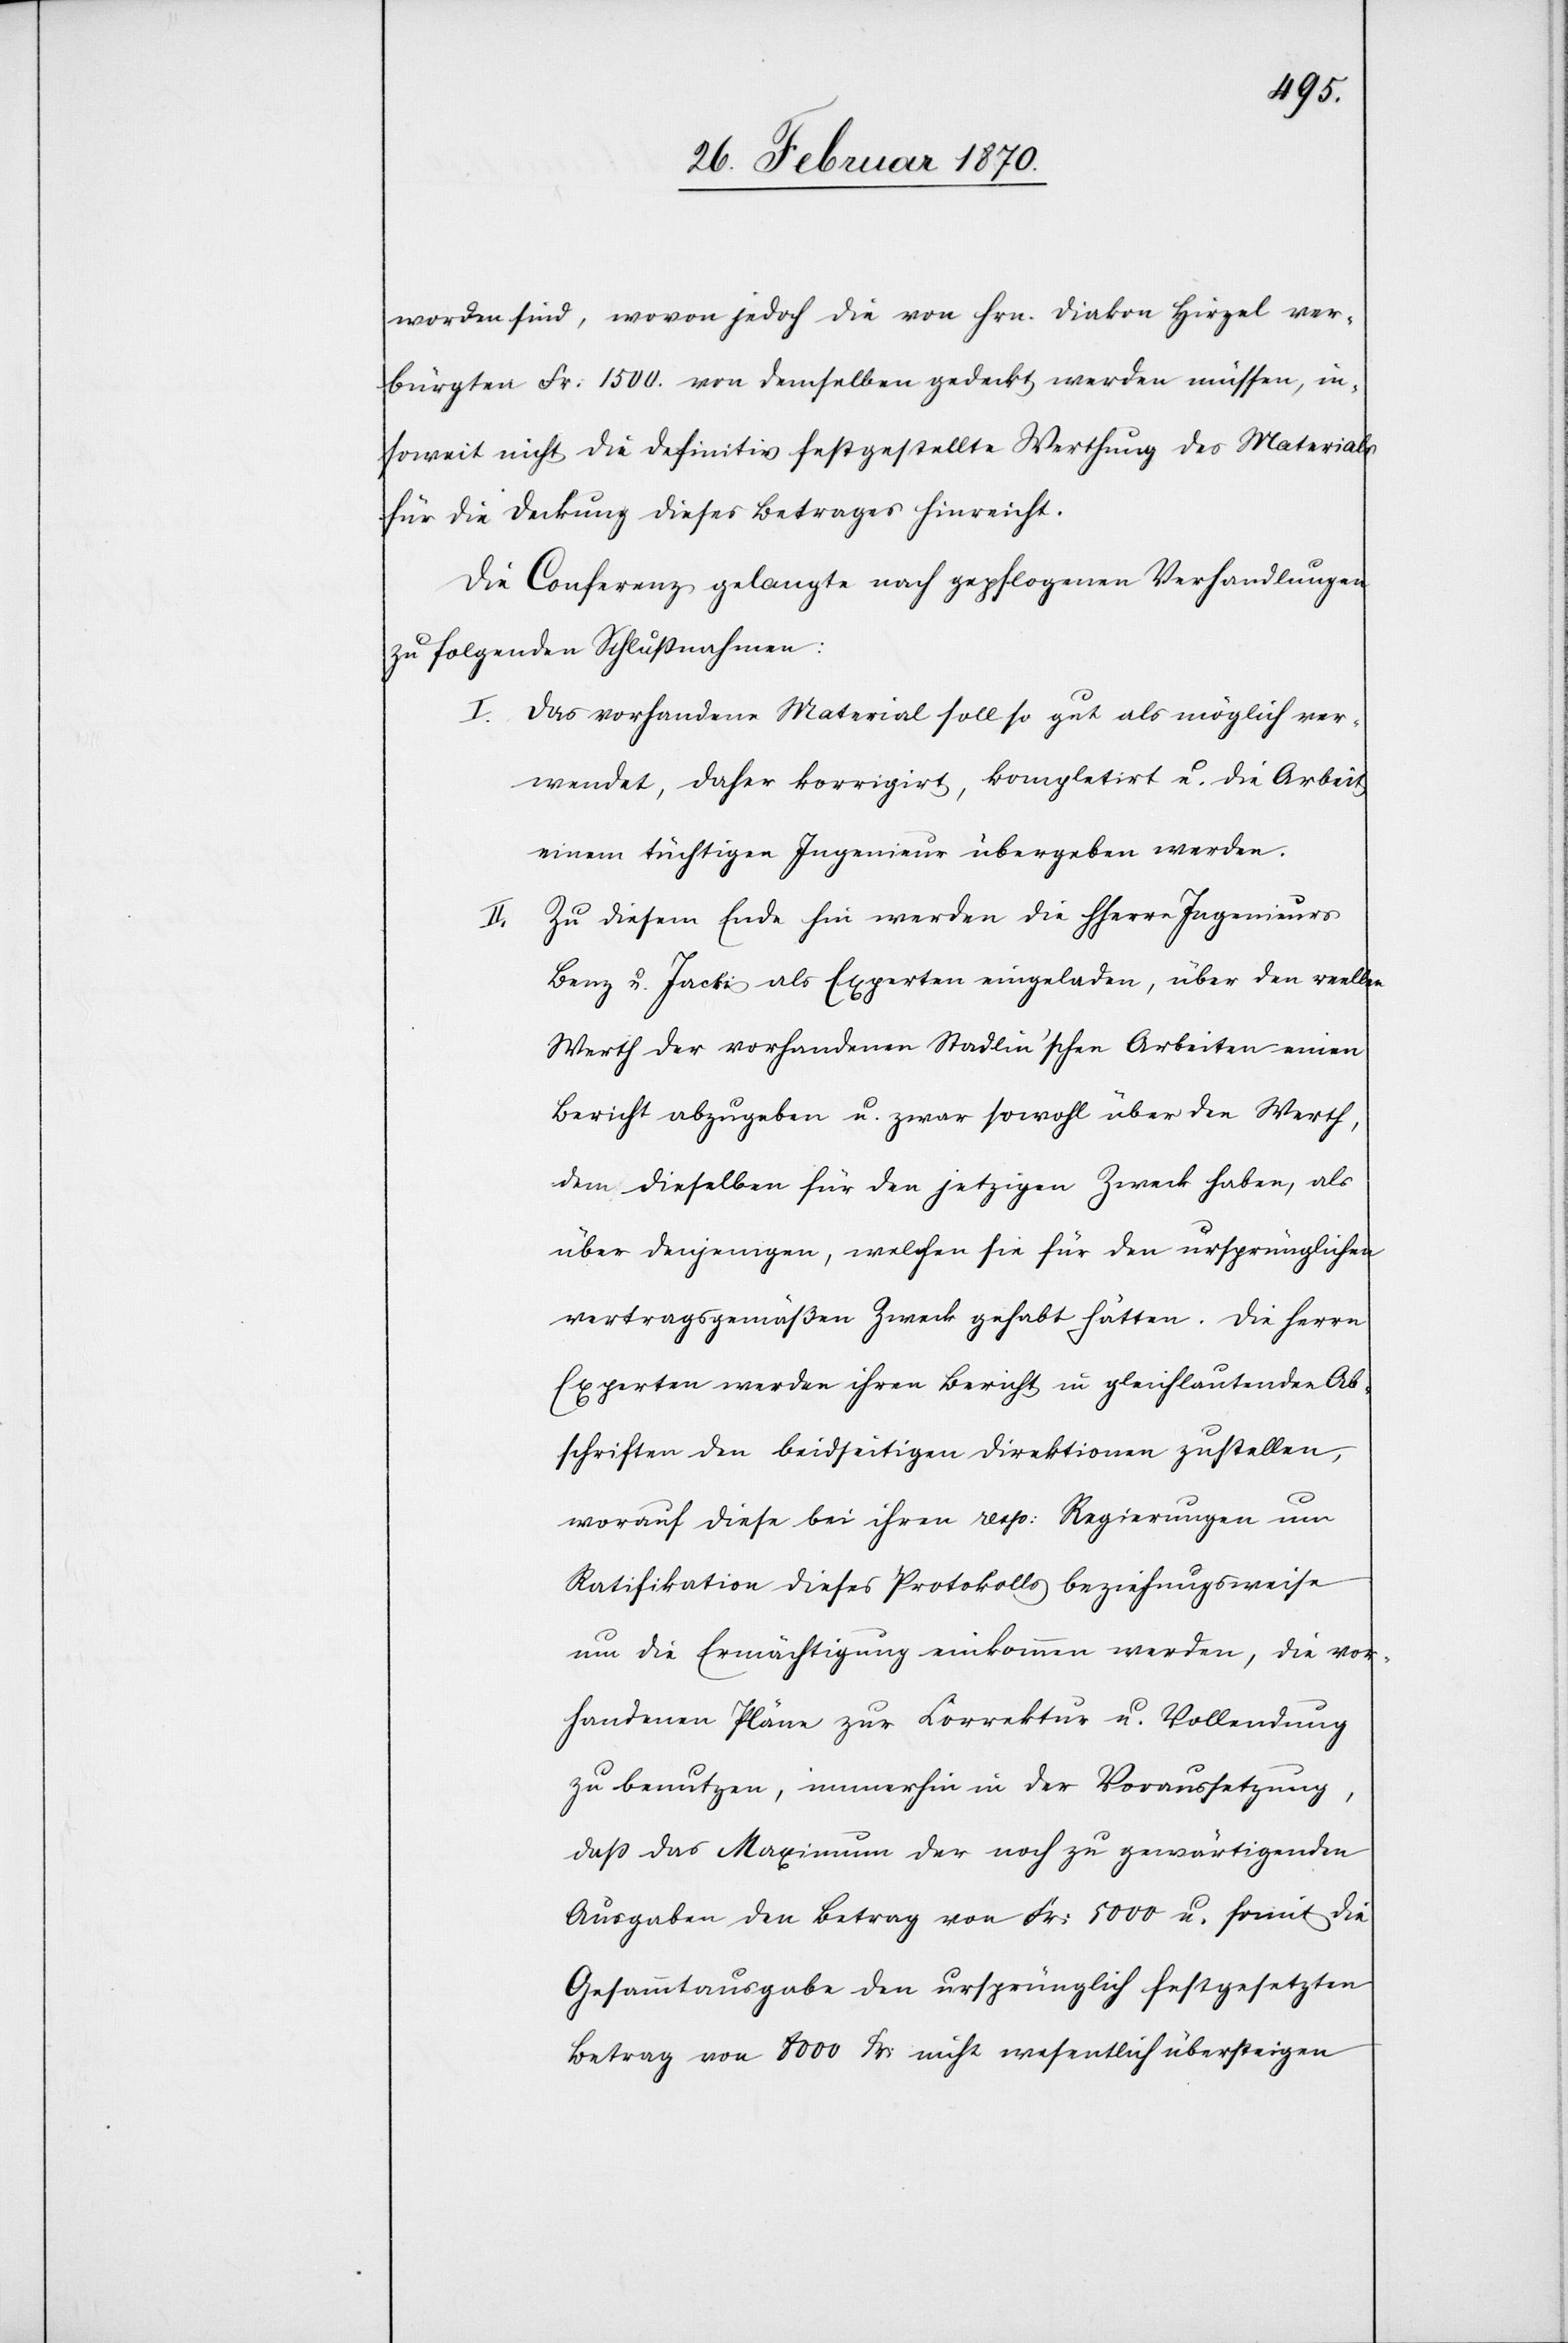
worden sind, wovon jedoch die von Hrn. Diakon Hirzel ver¬
bürgten Fr: 1500. von demselben gedeckt werden müssen, in¬
soweit nicht die definitiv festgestellte Werthung des Materials
für die Deckung dieses Betrages hinreicht.
Die Conferenz gelangte nach gepflogenen Verhandlungen
zu folgenden Schlußnahmen:
I. Das vorhandene Material soll so gut als möglich ver¬
wendet, daher korrigirt, kompletirt u. die Arbeit
einem tüchtigen Ingenieur übergeben werden.
Zu diesem Ende hin werden die HHerrn Ingenieurs
Benz u. Jacki als Experten eingeladen, über den reellen
Werth der vorhandenen Stadlin’schen Arbeiten einen
Bericht abzugeben u. zwar sowohl über den Werth,
den dieselben für den jetzigen Zweck haben, als
über denjenigen, welchen sie für den ursprünglichen
vertragsgemäßen Zweck gehabt hätten. Die Herrn
Experten werden ihren Bericht in gleichlautenden Ab¬
schriften den beidseitigen Direktionen zustellen,
worauf diese bei ihren resp: Regierungen um
Ratifikation dieses Protokolls beziehungsweise
um die Ermächtigung einkommen werden, die vor¬
handenen Pläne zur Correktur u. Vollendung
zu benutzen, immerhin in der Voraussetzung,
daß das Maximum der noch zu gewärtigenden
Ausgaben den Betrag von Fr: 5000 u. somit die
Gesammtausgabe den ursprünglich festgesetzten
Betrag von 8000 Fr: nicht wesentlich übersteigen